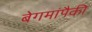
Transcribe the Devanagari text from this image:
बेगमांपैकी